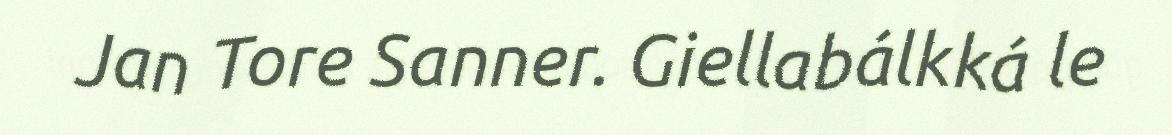
Jan Tore Sanner. Giellabálkká le